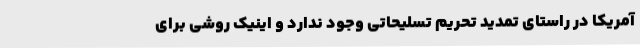
آمریکا در راستای تمدید تحریم تسلیحاتی وجود ندارد و اینیک روشی برای